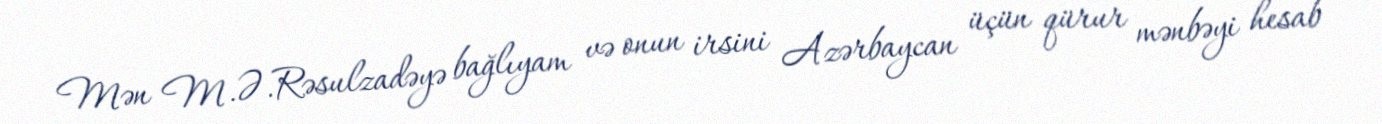
Mən M.Ə.Rəsulzadəyə bağlıyam və onun irsini Azərbaycan üçün qürur mənbəyi hesab